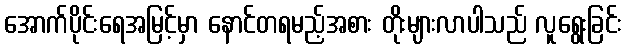
အောက်ပိုင်းရေအမြင့်မှာ နောင်တရမည့်အစား တိုးများလာပါသည် လူရွေးခြင်း